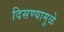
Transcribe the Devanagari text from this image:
दिसण्यामुळे